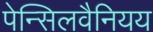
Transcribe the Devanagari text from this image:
पेन्सिलवैनियय